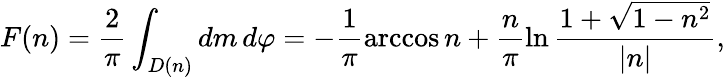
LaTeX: F(n)=\frac{2}{\pi}\int_{D(n)}dm\, d\varphi=-\frac{1}{\pi}\operatorname{arccos}n+\frac{n}{\pi}\ln\frac{1+\sqrt{1-n^{2}}}{|n|},